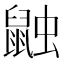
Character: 𪕕